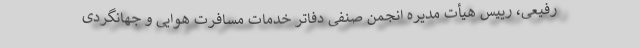
رفیعی، رییس هیأت مدیره انجمن صنفی دفاتر خدمات مسافرت هوایی و جهانگردی